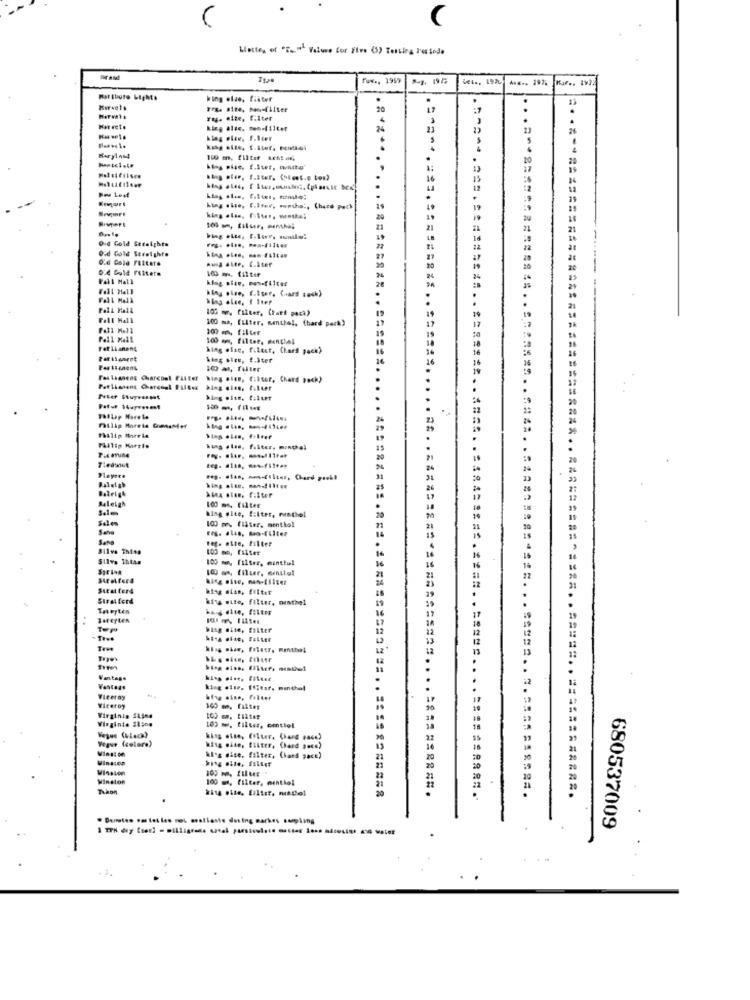
Lette, of "E ., " Value for Five (5) Testing Periode
Brand
Tow ., 1959
Kar .. 1922
king ofde, fiiter
.
20
ray. aite, filter
king alde. men-filter
24
23
20
. . ......
100 mm, filter, menchei
Did Gold Straights
Oud Gold Straight.
-...
Aua .P. C.iter
0.4 Dole Filters
100 m. filter
Pall Mall
Fell Hall
king else, f.Iter, Card task)
-----
105 mu filter, Chart pack)
Fall Hall
100 ma, filter, sentiel, (hard park)
300 mm, filter
100 mm, filter, menchel
Fet Lianen&
Mag olac, fileet, Chars pack)
king size, t.ater
Fas Thanens Charcont FILEer
hing alen, filter, Chard pack)
.=========.. ======..
Pet Thanent Charcoal Filter king eles, filter
Philip Marela
Philip Harrie
kung alss. f.kter. m.p.l
Fleyeee
Baleigh
king site, filter, menthol
100 m filter
100 m. flåter, menthol
Sono
Sano
Tef. ofte, filter
Silva Thing
100 mo, filter
Silva ThLAR
100 m, filter, munttul
24
Sutalters
king ofan, filter
Stratford
king sue, filter, ninthel
THEerten
Tept
bisg site, filter
True
Vantage
king else. Ifiesf. minthal
Wieeray
Wireroy
100 m, filter
Virginia SLina
Virginie Sling
100 m. tiller, cmttel
Vetus (black)
Yogur (celere)
king ofse, (ilter. (hard pase)
Winston
kiss site, filter, (hans pace)
20
100 m, FILME
Winston
100 ms, filter, menthol
Tiaon
· Dentes om let les ret mrafleste dating markes sampling
680537009